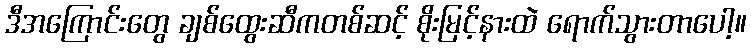
ဒီအကြောင်းတွေ ချစ်ထွေးဆီကတစ်ဆင့် စိုးမြင့်နားထဲ ရောက်သွားတာပေါ့။